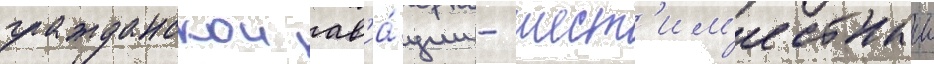
гражданскои ав'иа́ции - шест'им'естныи